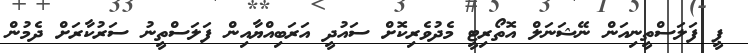
ޕީ ފަލަސްތީނިއަން ނޭޝަނަލް އޮތޯރިޓީ މެދުވެރިކޮށް ސައުދީ އަރަބިއްޔާއިން ފަލަސްތީނު ސަރުކާރަށް ދެމުން